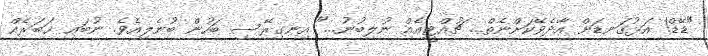
"ޑޭޑް! އަޅުގަނޑަށް އާދެވޭކަށްނެތް... ޗުއްޓީއެއް ނުލިބުނު..." އިނގިރޭސި ބަހުން ބުނެލިއެވެ. ނުބައި ޚަބަރެއް